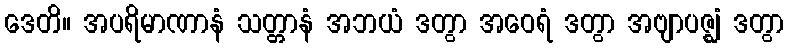
ဒေတိ။ အပရိမာဏာနံ သတ္တာနံ အဘယံ ဒတွာ အဝေရံ ဒတွာ အဗျာပဇ္ဈံ ဒတွာ